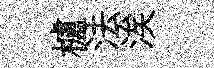
櫨法涘